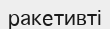
ракетивті